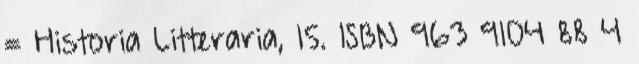
= Historia Litteraria, 15. ISBN 963 9104 88 4